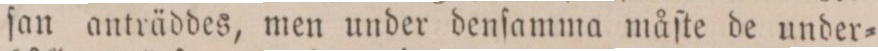
ſan anträddes, men under denſamma måſte de under=